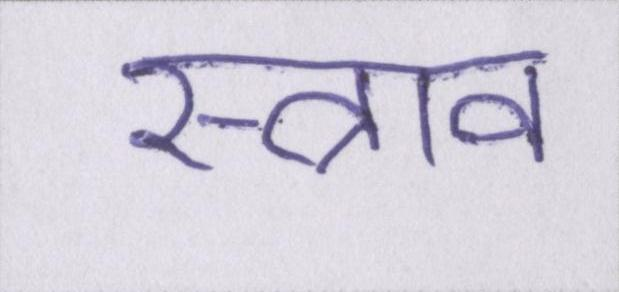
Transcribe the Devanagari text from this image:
स्त्राव